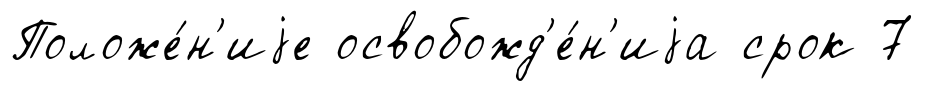
Положе́н'иjе освобожд'е́н'иjа срок 7